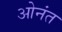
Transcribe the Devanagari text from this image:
ओनंत